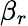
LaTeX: \beta_{r}